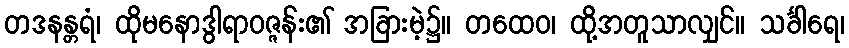
တဒနန္တရံ၊ ထိုမနောဒွါရာဝဇ္ဇန်း၏ အခြားမဲ့၌။ တထေဝ၊ ထို့အတူသာလျှင်။ သင်္ခါရေ၊